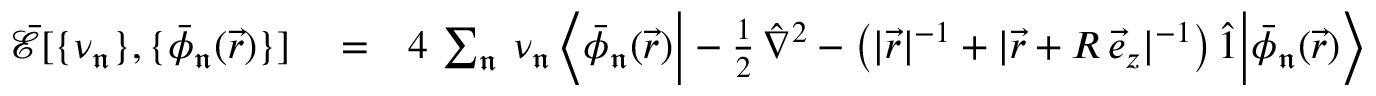
\begin{array} { r l r } { \mathcal { \bar { E } } [ \{ \nu _ { \mathfrak { n } } \} , \{ \bar { \phi } _ { \mathfrak { n } } ( \vec { r } ) \} ] } & { { } = } & { 4 \, \sum _ { \mathfrak { n } } \, \nu _ { \mathfrak { n } } \, \Big \langle \bar { \phi } _ { \mathfrak { n } } ( \vec { r } ) \Big | - \frac { 1 } { 2 } \, \hat { \nabla } ^ { 2 } - \big ( | \vec { r } | ^ { - 1 } + | \vec { r } + R \, \vec { e } _ { z } | ^ { - 1 } \big ) \, \hat { 1 } \Big | \bar { \phi } _ { \mathfrak { n } } ( \vec { r } ) \Big \rangle } \end{array}